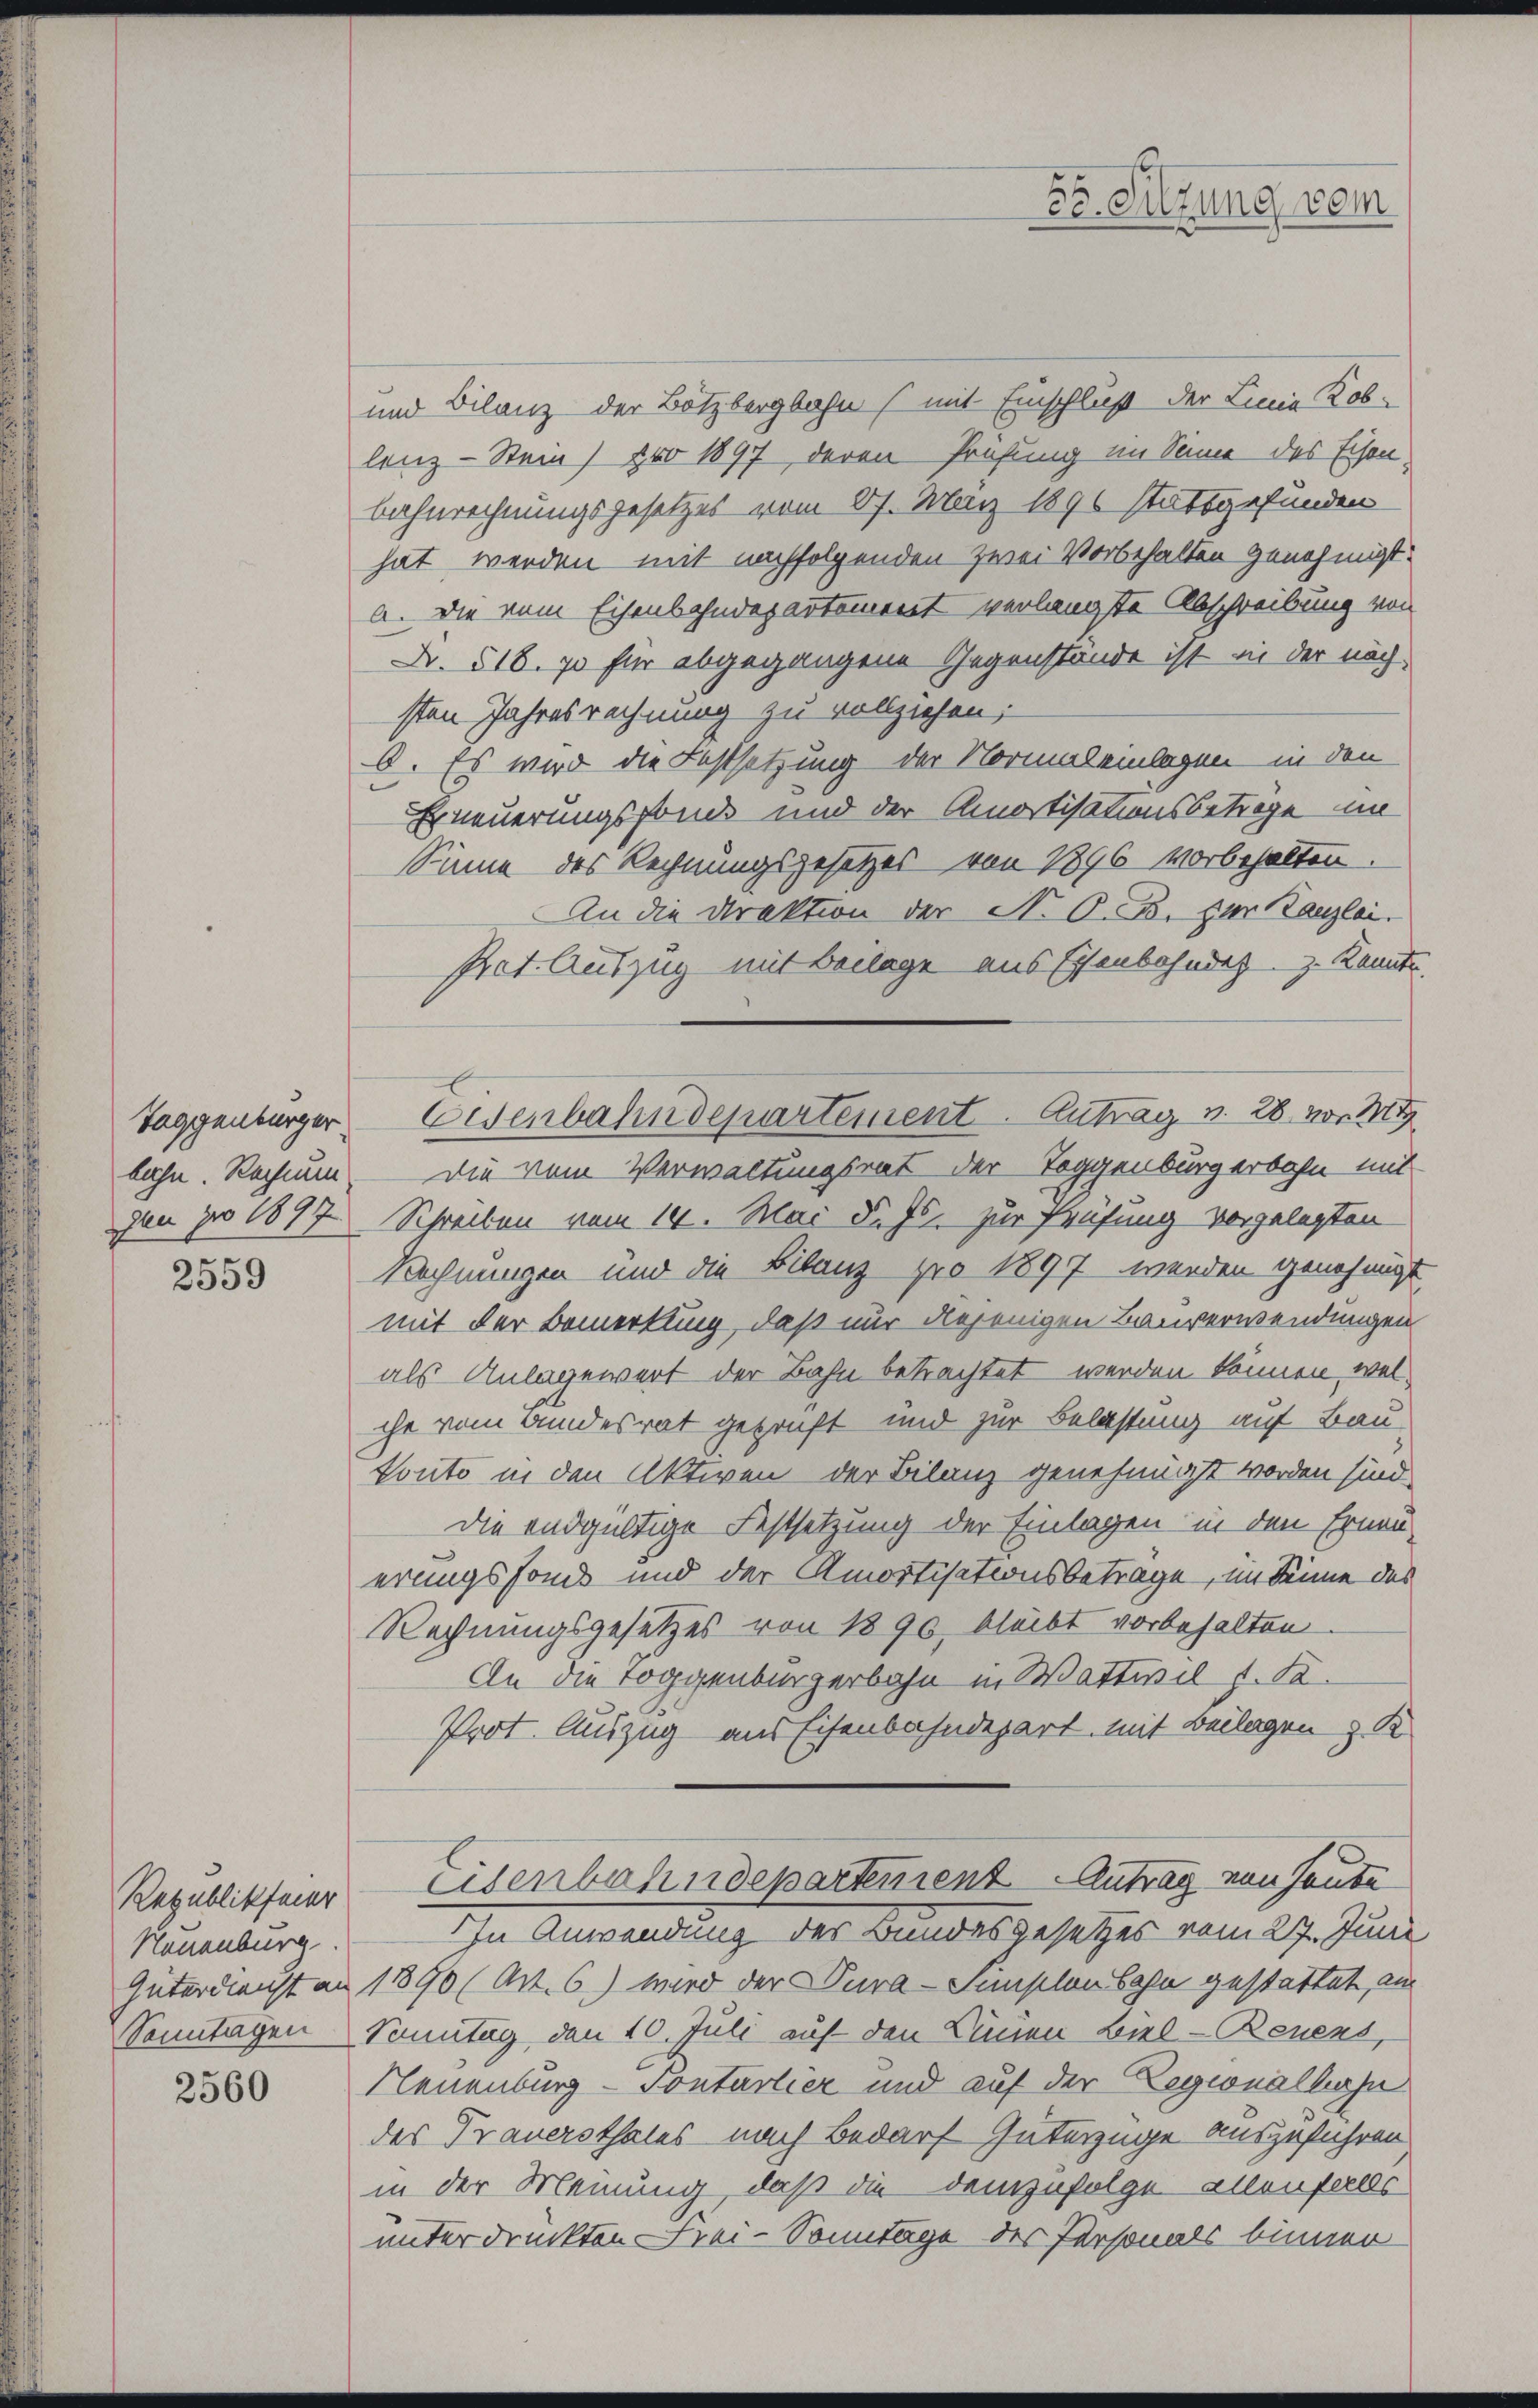
2559

Neuenburg.

2560

und Bilanz der Bötzbergbahn (mit Einschluß der Linie Kob-
lenz-Stein) pro 1897 deren Prüfung im Sinne des Eisen¬
Bahnrechnungsgesetzes vom 27. März 1896 stattgefunden
hat werden mit nachfolgenden zwei Vorbehalten genehmigt.
a. Die vom Eisenbahndepartement verlangte Abschreibung von
Nr. 518. so für abgegangene Gegenstände ist in der näch-
sten Jahresrechnung zu vollziehen;
b. Es wird die Festsetzung der Normaleinlagen in den
Erneuerungsfonds und der Amortisationsbetrage im
Sinne des Rechnungsgesetzes von 1896 vorbehalten.
An die Direktion der N. O. B. zur Tanzlei.
Pret. Auszug mit Beilage aus Essenbahndet z. Konnte.
bahn. Rechnun. Die vom Verwaltungsrat der Toggenburg erbahn mit
gen pro 1877 Schreiben vom 14. Mai d. Js. zur Prüfung vorgelegten
Rechnungen und die Bilanz pro 1897 werden genehmigt,
mit der Bemerkung, daß nur diejenigen Bauverwendungen
als Anlagewert der Bahn betrachtet werden können, welche vom andesrat geprüft und zur Belastung auf Bau
Vonto in den Aktiven der Bilanz genehmigt worden sind
die endgültige Festsetzung der Einlagen in den Erneu-
erungssonde und der Amortisationsbetrage, im Sinne des
Rechnungsgesetzes von 1890, bleibt vorbehalten
An die Toggenbürgerbahn in Wattivil f. S.
Prot. Auszug aus Eisenbahndepart mit Beilagen z. K
Republikfeier Eisenbahndepartement Antrag von heute
In Anwendung des Bundesgesetzes vom 27. Juni
Güterdienst an 1890 (Art. 6.) wird der Dura-Simplon Bahn gestattet, am
Sonntagen Sonntag, den 10. Juli auf den Dünen Biel - Benens,
Neuenburg - Pontarlier und auf der Legionalbahn
des Trauersthales nach Bedarf Güterzüge auszuführen
in der Meinung, daß die demzufolge allenfalls
unterdruckten Frei-Sonntage der Personals binner

Taggenburger Eisenbahndepartement. Antrag v. 28. von M

Fr. Sitzung vom